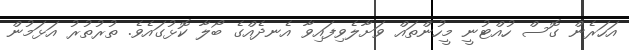
އަހަރެން ގޮސް ހުއްޓުނީ މީހުންތައް ވަށާލެވިފައިވާ އެނދެއްގެ ބޯލާ ކޮޅުގައެވެ. ތުރުތުރު އަޅަމުން